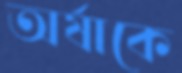
অর্ষাকে